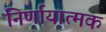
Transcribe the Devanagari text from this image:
निर्णायात्मक